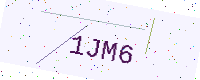
Text: 1JM6